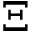
\Xi